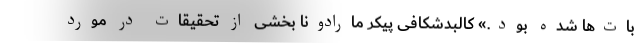
بات‌ها شده بود.» کالبدشکافی پیکر مارادونا بخشی از تحقیقات در مورد